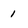
Character: 1